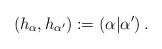
LaTeX: \begin{align*}\left(h_\alpha, h_{\alpha'}\right) := \left(\alpha|\alpha'\right).\end{align*}